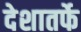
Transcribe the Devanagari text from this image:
देशातर्फे